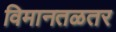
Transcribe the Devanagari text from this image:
विमानतळतर